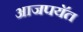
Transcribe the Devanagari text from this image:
आजपयॅत